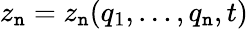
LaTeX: z_{\mathtt{n}}=z_{\mathtt{n}}(q_{1},\dots,q_{\mathtt{n}},t)